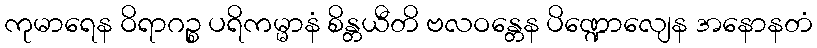
ကုမာရေန ဝိရာဂဉ္စ ပရိကမ္မာနံ စိန္တယီတိ ဗလဝန္တေန ပိဏ္ဍောလျေန အနောနတံ